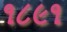
૧૮૯૧